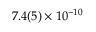
7 . 4 ( 5 ) \times 1 0 ^ { - 1 0 }